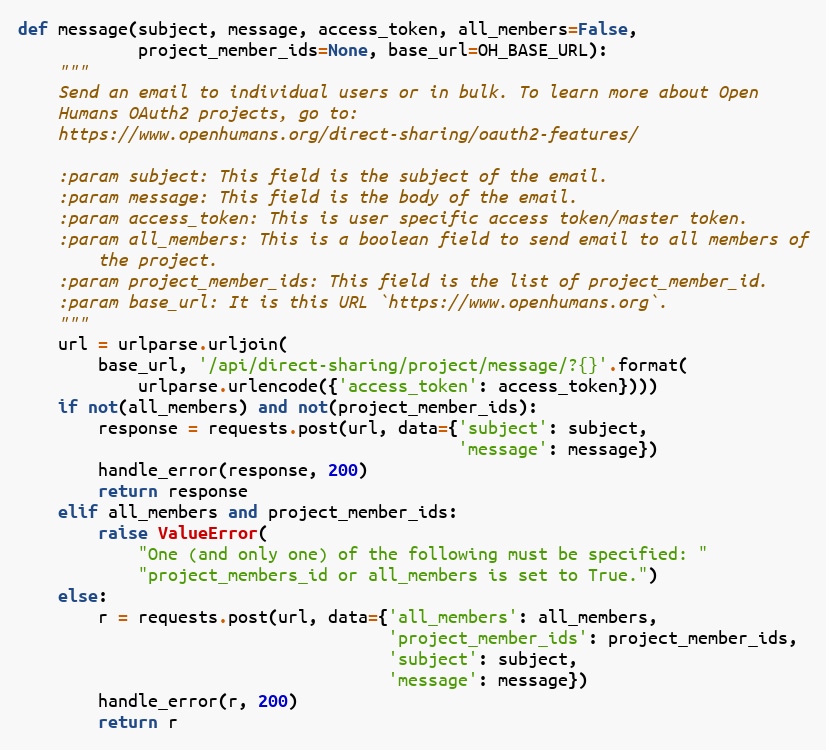
Language: Python
def message(subject, message, access_token, all_members=False,
            project_member_ids=None, base_url=OH_BASE_URL):
    """
    Send an email to individual users or in bulk. To learn more about Open
    Humans OAuth2 projects, go to:
    https://www.openhumans.org/direct-sharing/oauth2-features/

    :param subject: This field is the subject of the email.
    :param message: This field is the body of the email.
    :param access_token: This is user specific access token/master token.
    :param all_members: This is a boolean field to send email to all members of
        the project.
    :param project_member_ids: This field is the list of project_member_id.
    :param base_url: It is this URL `https://www.openhumans.org`.
    """
    url = urlparse.urljoin(
        base_url, '/api/direct-sharing/project/message/?{}'.format(
            urlparse.urlencode({'access_token': access_token})))
    if not(all_members) and not(project_member_ids):
        response = requests.post(url, data={'subject': subject,
                                            'message': message})
        handle_error(response, 200)
        return response
    elif all_members and project_member_ids:
        raise ValueError(
            "One (and only one) of the following must be specified: "
            "project_members_id or all_members is set to True.")
    else:
        r = requests.post(url, data={'all_members': all_members,
                                     'project_member_ids': project_member_ids,
                                     'subject': subject,
                                     'message': message})
        handle_error(r, 200)
        return r